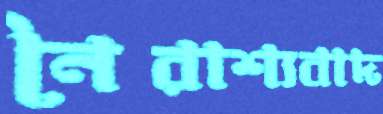
নৈরাশ্যবাদ